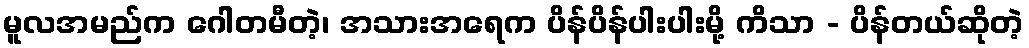
မူလအမည်က ဂေါတမီတဲ့၊ အသားအရေက ပိန်ပိန်ပါးပါးမို့ ကိသာ - ပိန်တယ်ဆိုတဲ့